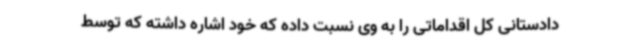
دادستانی کل اقداماتی را به وی نسبت داده که خود اشاره داشته که توسط